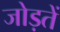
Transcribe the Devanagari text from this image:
जोड़तें